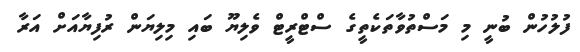
ފުލުހުން ބުނީ މި މަސްތުވާތަކެތީގެ ސްޓްރީޓް ވެލިޔޫ ބައި މިލިޔަން ރުފިޔާއަށް އަރާ